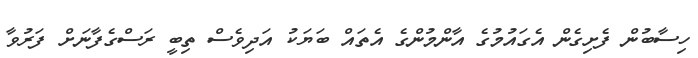
ހިސާބުން ފެށިގެން އެގައުމުގެ އާންމުންގެ އެތައް ބަޔަކު އަދިވެސް ތިބީ ރަސްގެފާނަށް ފަރުވާ